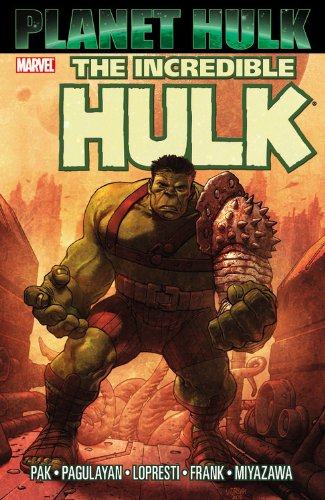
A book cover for Incredible Hulk: Planet Hulk; Greg Pak; Comics & Graphic Novels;